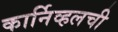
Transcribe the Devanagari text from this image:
कार्निव्हलची